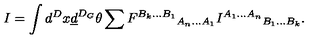
I = \int d ^ { D } x \underline { { d } } ^ { D _ { G } } \theta \sum { F ^ { B _ { k } . . . B _ { 1 } } } _ { A _ { n } . . . A _ { 1 } } { I ^ { A _ { 1 } . . . A _ { n } } } _ { B _ { 1 } . . . B _ { k } } .